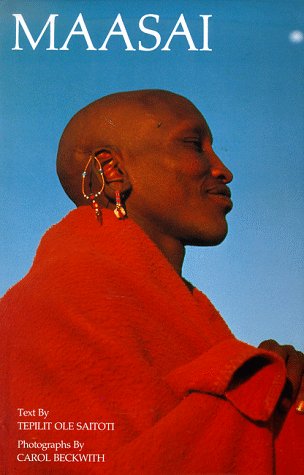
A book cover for Maasai; Tepilit Ole Saitoti; History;